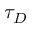
\tau _ { D }